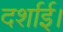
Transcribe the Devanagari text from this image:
दर्शाई।